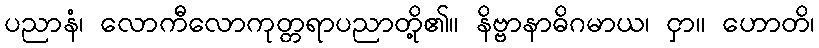
ပညာနံ၊ လောကီလောကုတ္တရာပညာတို့၏။ နိဗ္ဗာနာဓိဂမာယ၊ ငှာ။ ဟောတိ၊